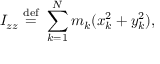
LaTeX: I _ { z z } \ { \stackrel { \mathrm { d e f } } { = } } \ \sum _ { k = 1 } ^ { N } m _ { k } ( x _ { k } ^ { 2 } + y _ { k } ^ { 2 } ) , \,